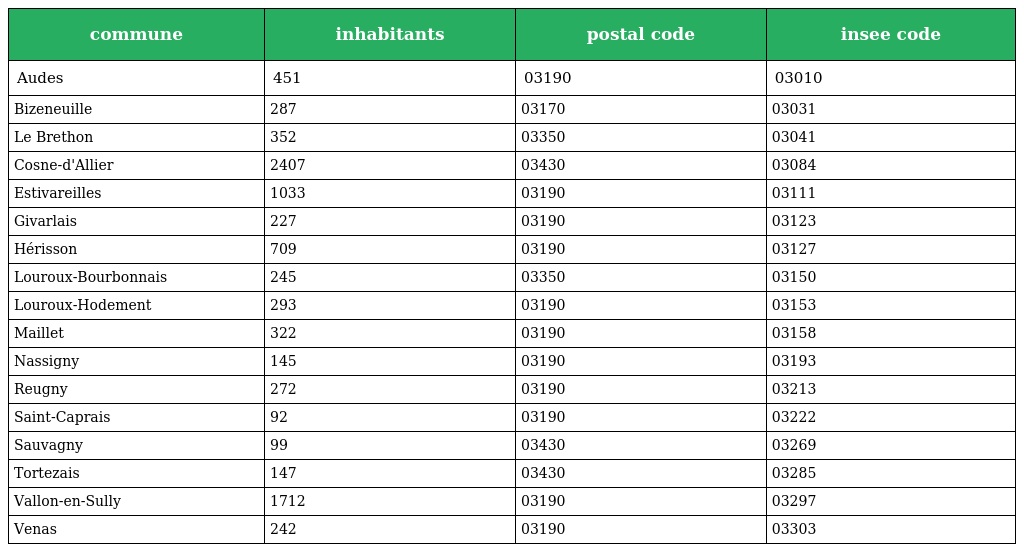
| commune | inhabitants | postal code | insee code |
 | --- | --- | --- | --- |
 | Audes | 451 | 03190 | 03010 |
 | Bizeneuille | 287 | 03170 | 03031 |
 | Le Brethon | 352 | 03350 | 03041 |
 | Cosne-d'Allier | 2407 | 03430 | 03084 |
 | Estivareilles | 1033 | 03190 | 03111 |
 | Givarlais | 227 | 03190 | 03123 |
 | Hérisson | 709 | 03190 | 03127 |
 | Louroux-Bourbonnais | 245 | 03350 | 03150 |
 | Louroux-Hodement | 293 | 03190 | 03153 |
 | Maillet | 322 | 03190 | 03158 |
 | Nassigny | 145 | 03190 | 03193 |
 | Reugny | 272 | 03190 | 03213 |
 | Saint-Caprais | 92 | 03190 | 03222 |
 | Sauvagny | 99 | 03430 | 03269 |
 | Tortezais | 147 | 03430 | 03285 |
 | Vallon-en-Sully | 1712 | 03190 | 03297 |
 | Venas | 242 | 03190 | 03303 |